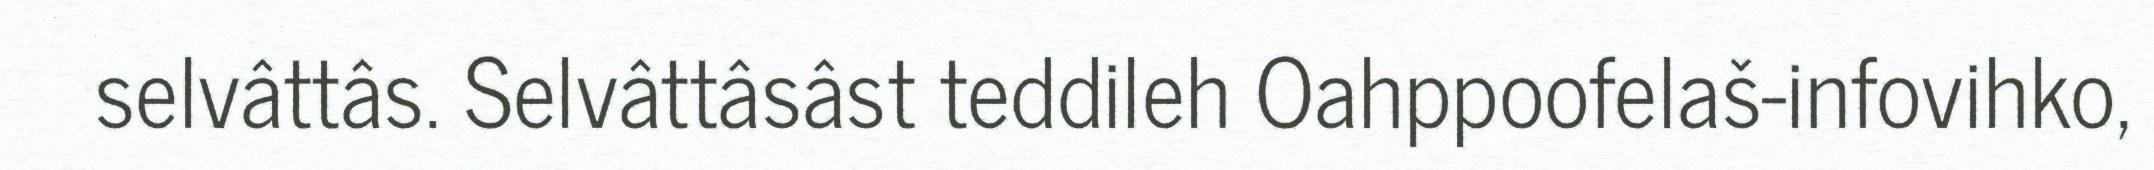
selvâttâs. Selvâttâsâst teddileh Oahppoofelaš-infovihko,